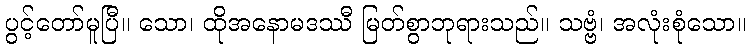
ပွင့်တော်မူပြီ။ သော၊ ထိုအနောမဒဿီ မြတ်စွာဘုရားသည်။ သဗ္ဗံ၊ အလုံးစုံသော။